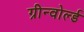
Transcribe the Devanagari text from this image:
ग्रीन्वोर्ल्ड